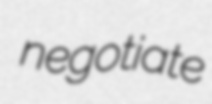
negotiate